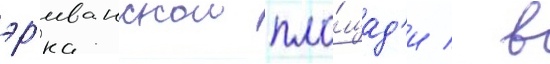
эр'иванскои пло́щад'и / в